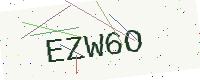
Text: EZW6O